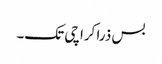
بس ذرا کراچی تک۔